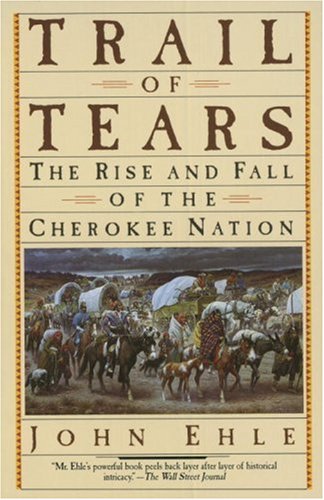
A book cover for Trail of Tears: The Rise and Fall of the Cherokee Nation; John Ehle; History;